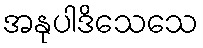
အနုပါဒိသေသေ